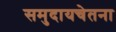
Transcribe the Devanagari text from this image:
समुदायचेतना